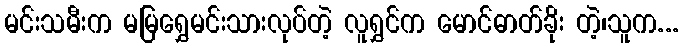
မင်းသမီးက မမြရွှေမင်းသားလုပ်တဲ့ လူရွှင်က မောင်ဓာတ်ခိုး တဲ့၊သူက...